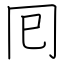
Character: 囘